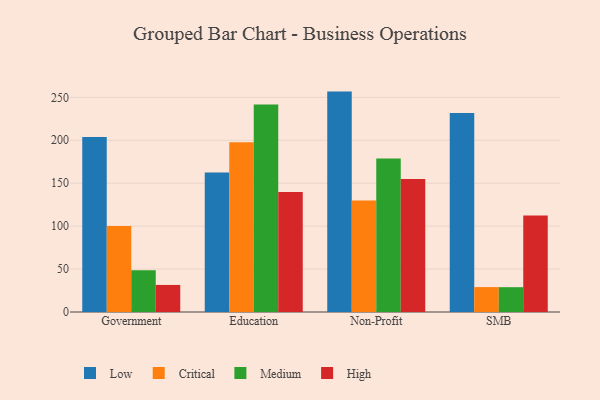
{"axis": {"x": "Segment", "y": "Inventory Turnover"}, "legend": ["Critical", "High", "Low", "Medium"], "data": [{"x": "Government", "y": 203.8, "type": "Low"}, {"x": "Government", "y": 100.1, "type": "Critical"}, {"x": "Government", "y": 48.7, "type": "Medium"}, {"x": "Government", "y": 31.5, "type": "High"}, {"x": "Education", "y": 162.5, "type": "Low"}, {"x": "Education", "y": 197.8, "type": "Critical"}, {"x": "Education", "y": 241.7, "type": "Medium"}, {"x": "Education", "y": 139.9, "type": "High"}, {"x": "Non-Profit", "y": 256.7, "type": "Low"}, {"x": "Non-Profit", "y": 130.0, "type": "Critical"}, {"x": "Non-Profit", "y": 178.9, "type": "Medium"}, {"x": "Non-Profit", "y": 154.9, "type": "High"}, {"x": "SMB", "y": 231.7, "type": "Low"}, {"x": "SMB", "y": 29.0, "type": "Critical"}, {"x": "SMB", "y": 28.9, "type": "Medium"}, {"x": "SMB", "y": 112.5, "type": "High"}]}